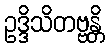
ဥဒ္ဒိသိတဗ္ဗန္တိ